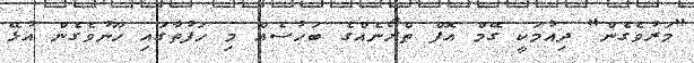
"މަރުވެގެން" ދިއުމަކީ ގޭމް އޮފް ތްރޯނެއްގެ ބަހުސެއް މި ހަފުތާގައި ހޫނުވެގެން އުޅޭ